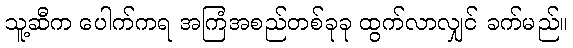
သူ့ဆီက ပေါက်ကရ အကြံအစည်တစ်ခုခု ထွက်လာလျှင် ခက်မည်။